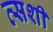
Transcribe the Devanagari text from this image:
त्सशी